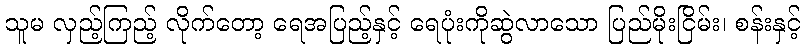
သူမ လှည့်ကြည့် လိုက်တော့ ရေအပြည့်နှင့် ရေပုံးကိုဆွဲလာသော ပြည်မိုးငြိမ်း၊ စန်းနှင့်